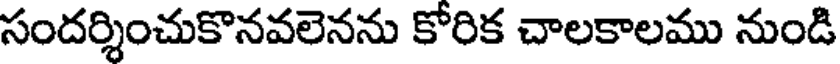
సందర్శించుకొనవలెనను కోరిక చాలకాలము నుండి